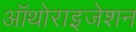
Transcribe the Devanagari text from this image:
ऑथोराइजेशन